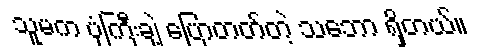
သူမက ပုံကြီးချဲ့ ပြောတတ်တဲ့ သဘော ရှိတယ်။